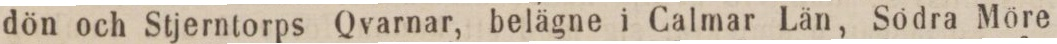
dön och Stjerntorps Qvarnar, belägne i Calmar Län, Södra Möre